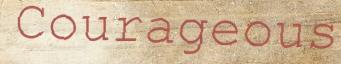
Courageous